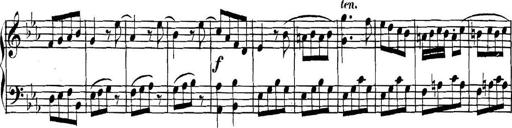
Title: Collected Piano Sonatas
Composer: Muzio Clementi